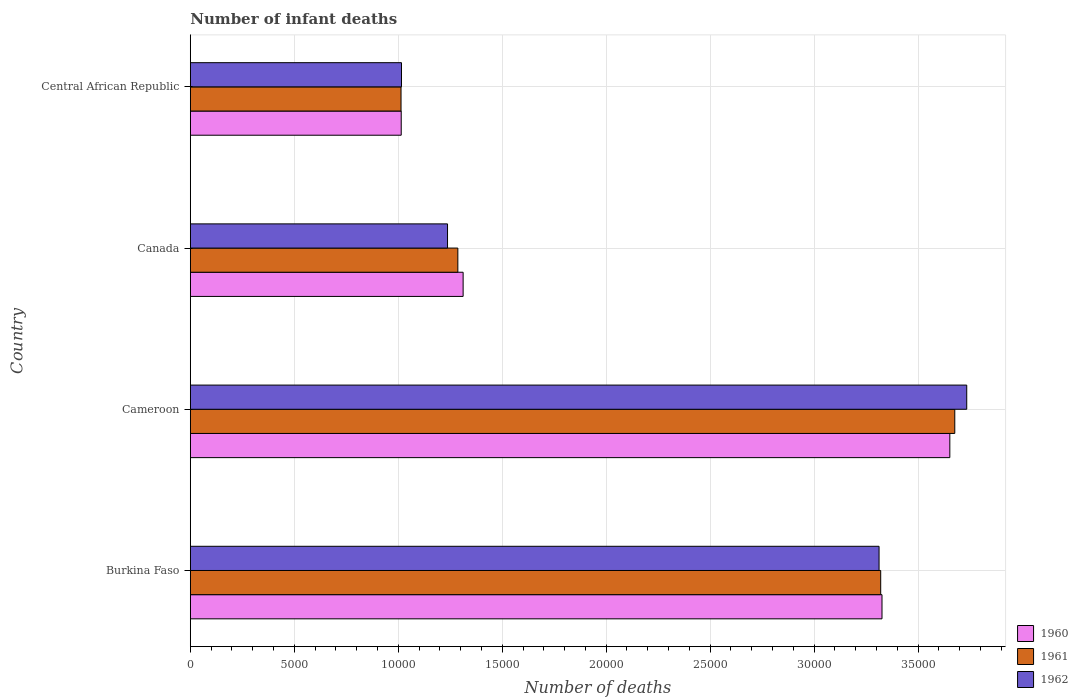
| Country | 1960 | 1961 | 1962 |
 | --- | --- | --- | --- |
 | Burkina Faso | 3.33e+04 | 3.32e+04 | 3.31e+04 |
 | Cameroon | 3.65e+04 | 3.68e+04 | 3.73e+04 |
 | Canada | 1.31e+04 | 1.29e+04 | 1.24e+04 |
 | Central African Republic | 1.01e+04 | 1.01e+04 | 1.02e+04 |